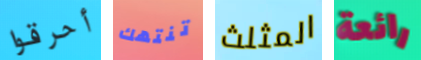
أحرقوا تنتهك المثلث رائعة